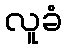
လူခံ